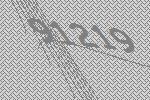
91219